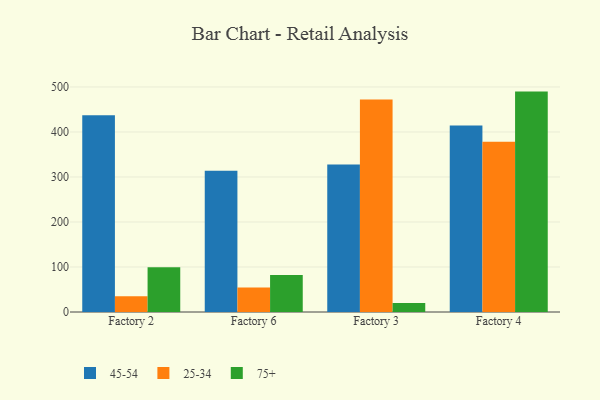
{"axis": {"x": "Factory", "y": "Conversion Rate (%)"}, "legend": ["25-34", "45-54", "75+"], "data": [{"x": "Factory 2", "y": 437.1, "type": "45-54"}, {"x": "Factory 2", "y": 34.8, "type": "25-34"}, {"x": "Factory 2", "y": 99.6, "type": "75+"}, {"x": "Factory 6", "y": 313.8, "type": "45-54"}, {"x": "Factory 6", "y": 54.7, "type": "25-34"}, {"x": "Factory 6", "y": 82.1, "type": "75+"}, {"x": "Factory 3", "y": 327.5, "type": "45-54"}, {"x": "Factory 3", "y": 472.1, "type": "25-34"}, {"x": "Factory 3", "y": 20.1, "type": "75+"}, {"x": "Factory 4", "y": 414.3, "type": "45-54"}, {"x": "Factory 4", "y": 378.4, "type": "25-34"}, {"x": "Factory 4", "y": 489.7, "type": "75+"}]}